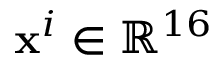
\mathbf { x } ^ { i } \in \mathbb { R } ^ { 1 6 }